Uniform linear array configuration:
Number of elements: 24
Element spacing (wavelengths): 0.5
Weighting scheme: uniform
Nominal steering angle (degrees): -15
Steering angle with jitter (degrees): -16.074
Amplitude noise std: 0.05
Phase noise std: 0.05

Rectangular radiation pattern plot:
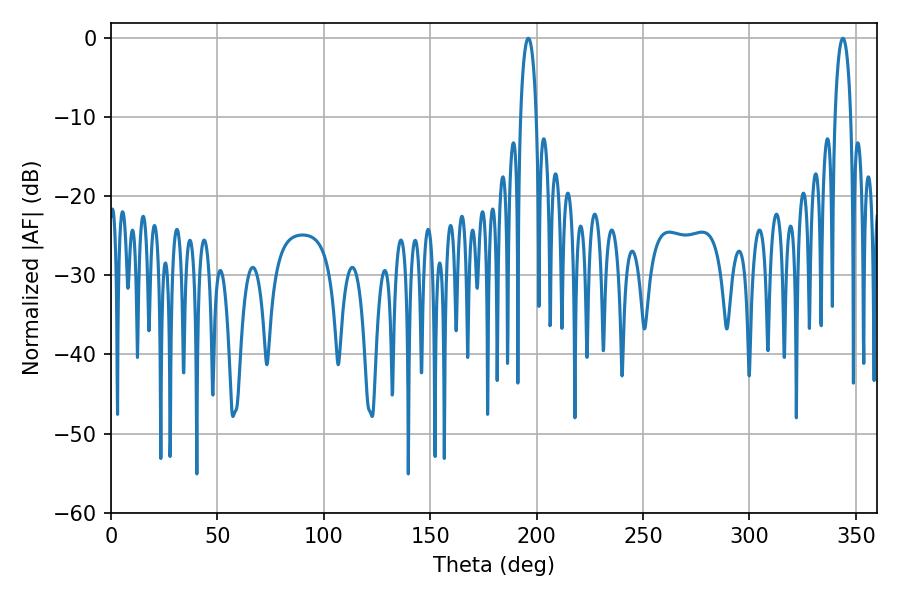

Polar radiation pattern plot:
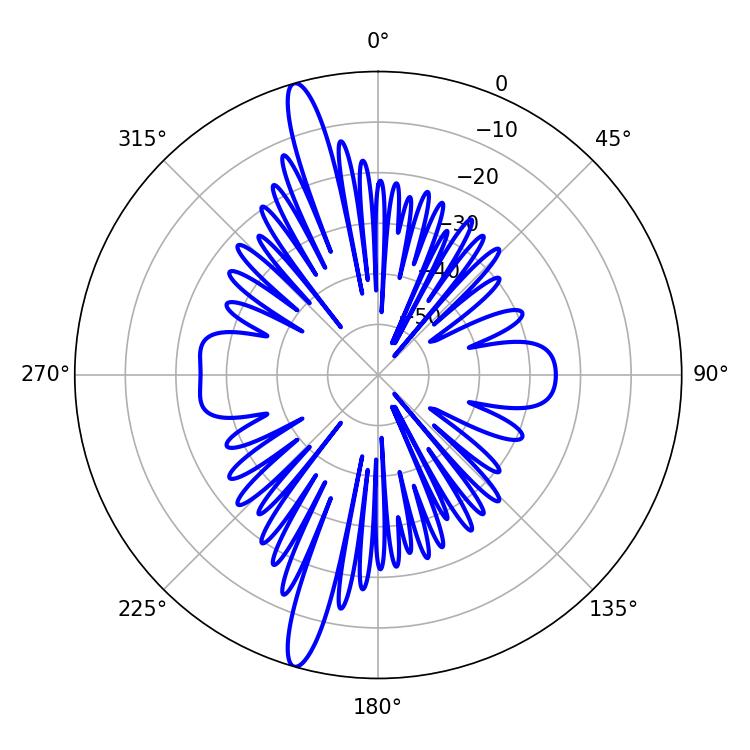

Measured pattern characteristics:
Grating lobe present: FALSE
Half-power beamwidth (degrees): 4.14
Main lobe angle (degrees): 196.02